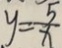
y = \frac { 5 } { x }